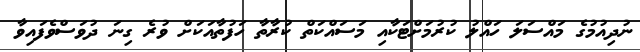
ނުދިއުމުގެ މައްސަލަ ހައްލު ކުރުމަށްޓަކާއި މަސައްކަތް ކުރާތާ ހަފުތާއަކަށް ވުރެ ގިނަ ދުވަސްވެފައިވާ